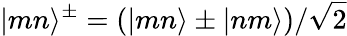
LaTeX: \vert mn\rangle^{\pm}=(\vert mn\rangle\pm\vert nm\rangle)/\sqrt{2}